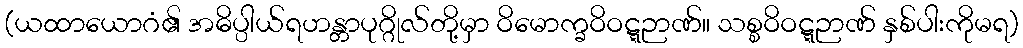
(ယထာယောဂံ၏ အဓိပ္ပါယ်ရဟန္တာပုဂ္ဂိုလ်တို့မှာ ဝိမောက္ခဝိဝဋ္ဋဉာဏ်။ သစ္စဝိဝဋ္ဋဉာဏ် နှစ်ပါးကိုမရ)